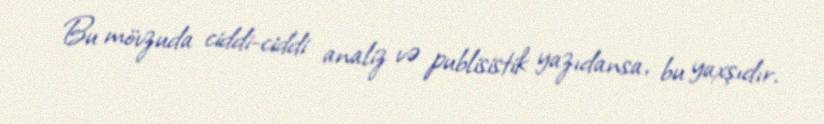
Bu mövzuda ciddi-ciddi analiz və publisistik yazıdansa, bu yaxşıdır.